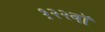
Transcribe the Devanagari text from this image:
१२२वॉ